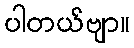
ပါတယ်ဗျာ။